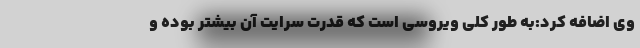
وی اضافه کرد:به طور کلی ویروسی است که قدرت سرایت آن بیشتر بوده و